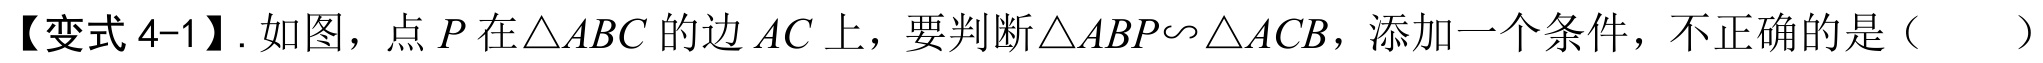
【变式4-1】. 如图，点$P$在$\triangle ABC$的边$AC$上，要判断$\triangle ABP\backsim\triangle ACB$，添加一个条件，不正确的是（  ）